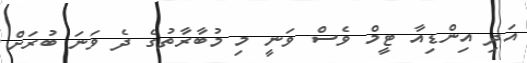
އަދި އިންޑިއާ ޓީމް ވެސް ވަނީ މި މުބާރާތުގެ ދެ ވަނަ ބުރަށް